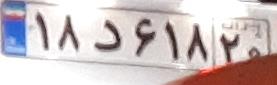
۱۸د۶۱۸۲۰